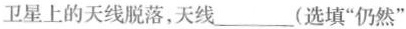
卫星上的天线脱落，天线__(选填“仍然”